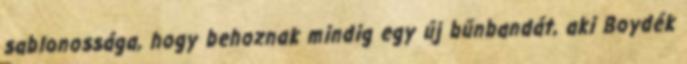
sablonossága, hogy behoznak mindig egy új bűnbandát, aki Boydék